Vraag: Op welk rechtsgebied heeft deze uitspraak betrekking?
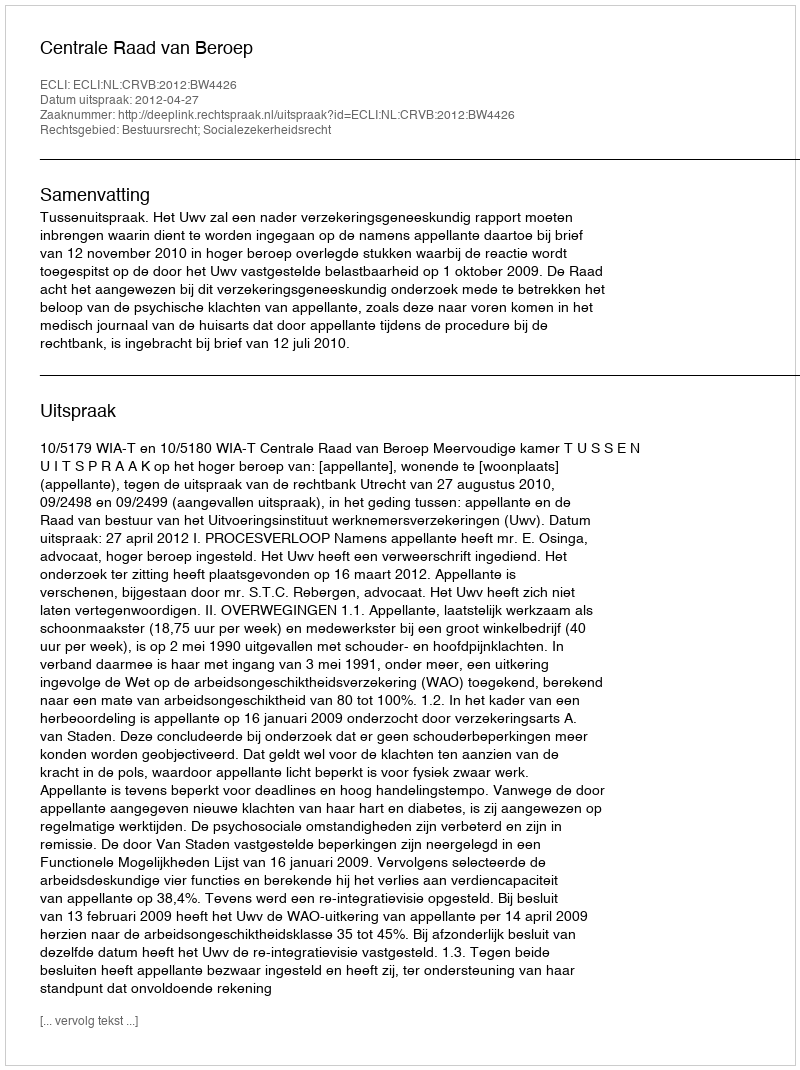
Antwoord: Bestuursrecht; Socialezekerheidsrecht